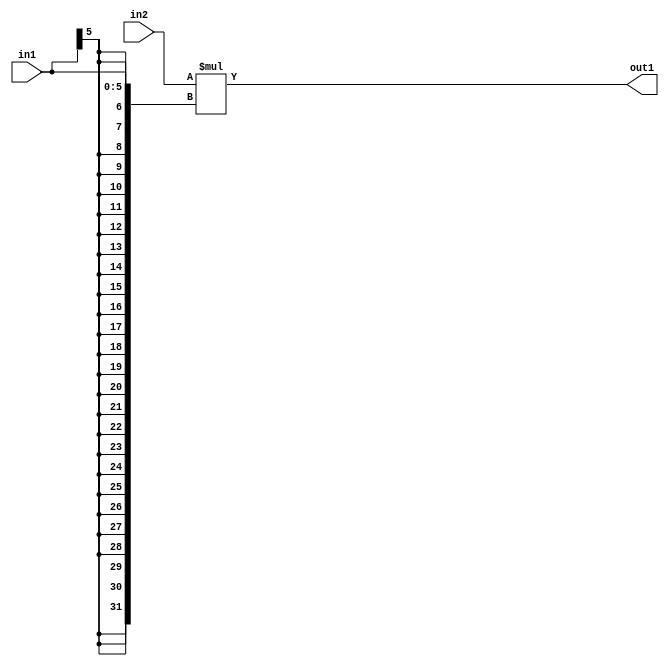
`timescale 1ps / 1ps
/*****************************************************************************
    Verilog RTL Description
    
    
    Created by: Stratus DpOpt 21.05.01 
*******************************************************************************/

module SobelFilter_Mul_32Sx6S_32S_4 (
	in2,
	in1,
	out1
	); /* architecture "behavioural" */ 
input [31:0] in2;
input [5:0] in1;
output [31:0] out1;
wire [31:0] asc001;

assign asc001 = 
	+(in2 * {{26{in1[5]}}, in1});

assign out1 = asc001;
endmodule

/* CADENCE  ubPzSgw= : u9/ySxbfrwZIxEzHVQQV8Q== ** DO NOT EDIT THIS LINE ******/